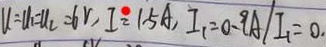
U = U _ { 1 } = U _ { 2 } = 6 V , I ^ { \circ } = 1 . 5 A , I _ { 1 } = 0 . 9 A / I _ { 1 } = 0 .